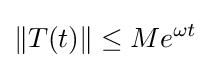
\|T(t)\|\leq Me^{\omega t}